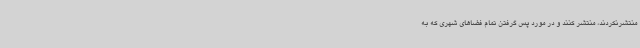
منتشرنکردند، منتشر کنند و در مورد پس گرفتن تمام فضاهای شهری که به